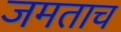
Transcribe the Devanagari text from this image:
जमताच